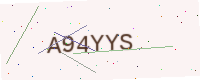
Text: A94YYS